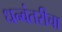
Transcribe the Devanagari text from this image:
धन्वंतरीचा